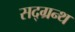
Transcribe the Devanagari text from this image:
सद्ग्रन्थ